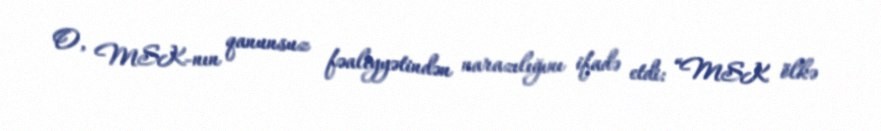
O, MSK-nın qanunsuz fəaliyyətindən narazılığını ifadə etdi: “MSK ölkə